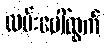
လမ်းပေါ်ထွက်